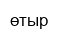
өтыр